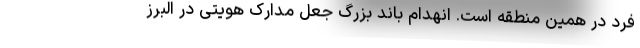
فرد در همین منطقه است. انهدام باند بزرگ جعل مدارک هویتی در البرز